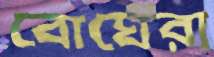
বোঘেরা